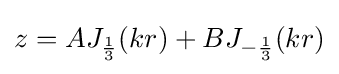
z=AJ_{\frac {1}{3}}(kr)+BJ_{-{\frac {1}{3}}}(kr)